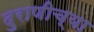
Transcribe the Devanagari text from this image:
दुराणीच्या